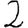
Digit: 2